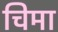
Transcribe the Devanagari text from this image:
चिमा